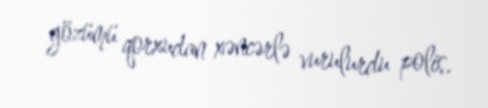
gözümü qorxudan xəncərlə vurulurdu polis.